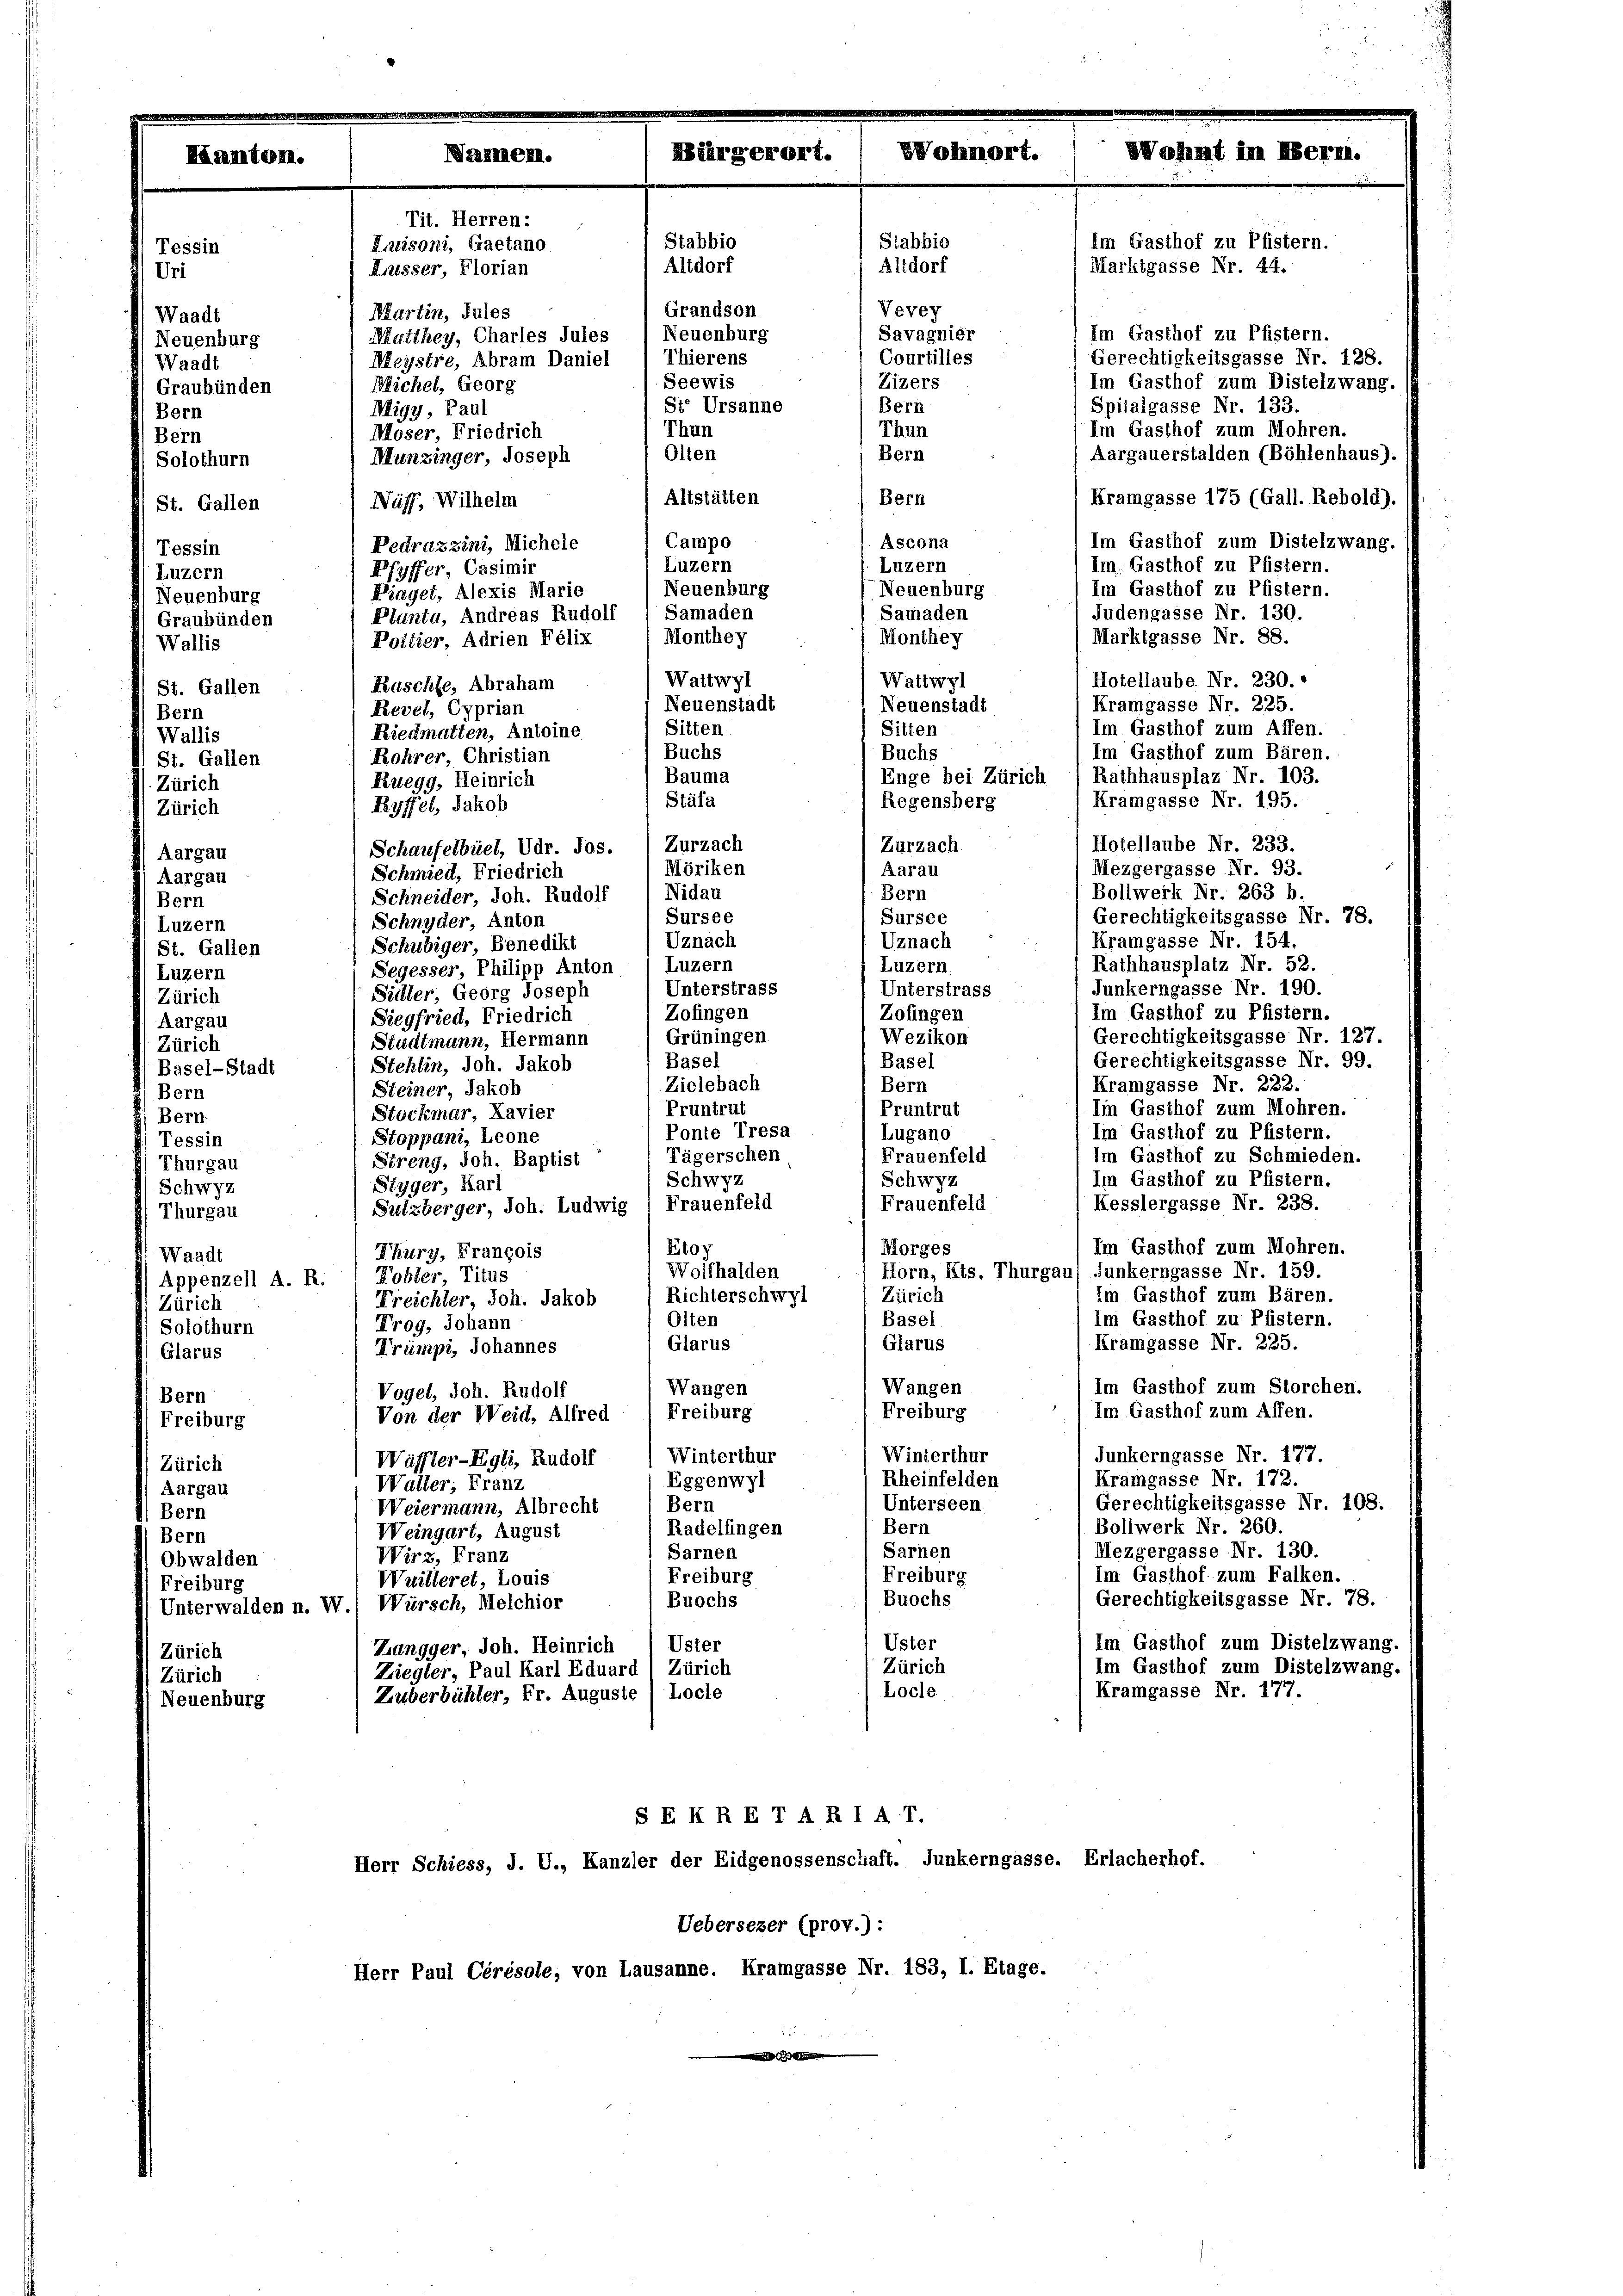
Tes

Uri
Waadt
Neuenburg
Waadt
Graubünden
Bern
Bern
Solothurn
St. Gallen
Tessin
Luzern
Neuenburg
Graubünden
Wallis
St. Gallen
Bern
Wallis
St. Gallen
Zürich
Zürich
Aargau
Aargau
Bern
Luzern
St. Gallen
Luzern
Zürich
Aargau
(Zürich
Basel-Stadt
Bern
Bern
Tessin
Thurgau
Schwyz
Thurgau
Waadt
Appenzell A. R.
Zürich
Solothurn
Glarus
Bern
Freiburg
Zürich
Aargau
Bern
Bern
Obwalden
Freiburg
Zürich

rich
uenburg

Im Gasthof zu Pfistern.
Gerechtigkeitsgasse Nr. 128.
Im Gasthof zum Distelzwang.
Spitalgasse Nr. 133.
Im Gasthof zum Mohren.
Bern
Aargauerstalden (Böhlenhaus).
Bern
Altstätten
Kramgasse 175 (Gall. Rebold).
Nuss. Wilhelm
Campo
Im Gasthof zum Distelzwang.
Ascona
Pedrazzini, Michele
Luzern
Luzern
Pfyffer, Casimir
Im Gasthof zu Pfistern.
Neuenburg
Neuenburg
Piaget, Alexis Marie
Judengasse Nr. 130.
Samaden
Samaden
Planta, Andreas Rudolf
Marktgasse Nr. 88.
Monthey
Monthey
Pottier, Adrien Felix
Wattwyl
Wattwyl
Hotellaube Nr. 230.
Faschte, Abraham
Kramgasse Nr. 225.
Neuenstadt
Neuenstadt
Revel, Cyprian
Sitten.
Im Gasthof zum Affen.
Sitten
Riedmatien, Antoine
Im Gasthof zum Bären.
Buchs
Buchs
Rohrer, Christian
Rathhausplaz Nr. 103.
Bauma
Enge bei Zürich
Ruegg, Heinrich
Kramgasse Nr. 195.
Stäfa
Regensberg
Ryffel, Jakob
Hotellaube Nr. 233.
Zurzach
Zurzach
Schaufelbuel, Udr. Jos.
Möriken
Mezgergasse Nr. 93.
Aarau
Schmied, Friedrich
Bollwerk Nr. 263 b.
Bern
Schneider, Joh. Rudolf / Nidau
Gerechtigkeitsgasse Nr. 78.
Sursee
Sursee
Schnyder, Anton
Uznach
Kramgasse Nr. 154.
Uznach
Schubiger, Benedikt
Luzern
Rathhausplatz Nr. 52.
Segesser, Philipp Anton (Luzern
Junkerngasse Nr. 190.
Unterstrass
Unterstrass
Süller, Georg Joseph
Im Gasthof zu Pfistern.
Zofingen
Zofingen
Siegfried, Friedrich
Gerechtigkeitsgasse Nr. 127.
Wezikon
Grüningen
Stadtmann, Hermann
Gerechtigkeitsgasse Nr. 99.
Basel
Basel
Stehlin, Joh. Jakob
Kramgasse Nr. 222.
Zielebach
Bern
SSteiner, Jakob
Pruntrut
Im Gasthof zum Mohren.
Pruntrut
Stockmar, Kavier
Ponte Tresa
Im Gasthof zu Pfistern.
Lugano
Stoppani, Leone
Tägerschen
Im Gasthof zu Schmieden.
Frauenfeld
Streng, Joh. Baptist
Schwyz
Schwyz
Im Gasthof zu Pfistern.
Styger, Karl
Kesslergasse Nr. 238.
Frauenfeld
Sulzberger, Joh. Ludwig 1 Frauenfeld
Im Gasthof zum Mohren.
Rtoy
Morges
Thury, François
Wolfhalden
Horn, Kts. Thurgau, Funkerngasse Nr. 159.
Tobler, Titus
Im Gasthof zum Bären.
Zürich
Richterschwyl
Freichter, Joh. Jakob
Im Gasthof zu Pfistern.
Basel
Olten
Trog, Johann
Kramgasse Nr. 225.
Glarus
Glarus
Trümpi, Johannes
Wangen
Wangen
Im Gasthof zum Storchen.
Vogel, Joh. Rudolf
Im Gasthof zum Affen.
Freiburg
Freiburg
Von der Weid, Allred
Winterthur
Junkerngasse Nr. 177.
Winterthur
Wäffler-Egli, Rudolf
Kramgasse Nr. 172.
Rheinfelden
Eggenwyl
Walter; Franz
Unterseen
Gerechtigkeitsgasse Nr. 108.
Bern
Weiermann, Albrecht
Bern
Bollwerk Nr. 260.
Radelfingen
Weingart, August
Sarnen
Mezgergasse Nr. 130.
Sarnen
Wirz, Franz
Freiburg
Im Gasthof zum Falken.
Freiburg
Wuilleret, Louis
Gerechtigkeitsgasse Nr. 78.
Buochs
Buochs
Unterwalden n. W.) Würsch, Melchior
Uster
Im Gasthof zum Distelzwang.
Uster
Zangger, Joh. Heinrich
Zürich
Im Gasthof zum Distelzwang.
Zürich
Ziegler, Paul Karl Eduard
Locle.
Kramgasse Nr. 177.
Locle
Zuberbühler, Er. Auguste
SE KRE TA R IA T.
Herr Schiess, J. U., Kanzler der Eidgenossenschaft. Junkerngasse. Erlacherhof.
Uebersezer (prov.):
Herr Paul Cérésole, von Lausanne. Kramgasse Nr. 183, I. Etage.

ammen.

Tit. Herren:
Luisoni, Gaetano
Lusser, Florian
Martin, Juses
Matthey, Charles Jules
Meystre, Abram Daniel
Bichel, Georg
Migy, Paul
Thun
Moser, Friedrich
Olten
Munzinger, Joseph

Stabbio
Altdorf
Grandson
Neuenburg
Thierens
Seewis
Ste Ursanne

Stabbio
Altdorf
Vevey
Savagnier
Courtilles
Zizers

Bern
Thun

Im Gasthof zu Pfistern.
Marktgasse Nr. 44.

Im. Gasthof zu Pfistern.